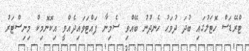
ޓްރޭޑަސް ހޮޓަލުގައި ބުދަ ދުވަހު ހެނދުނު ބޭއްވި ސެމިނާ ފައްޓަވައިދެއްވީ އިކޮނޮމިކް މިނިސްޓަރު